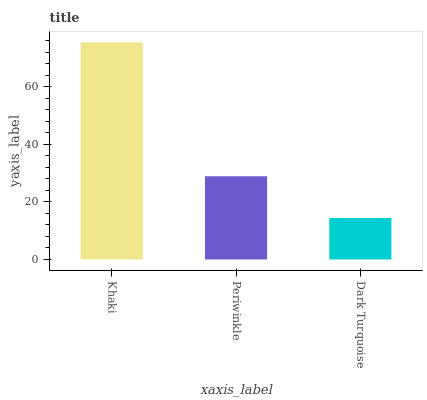
| xaxis_label | bars |
 | --- | --- |
 | Khaki | 75.4 |
 | Periwinkle | 28.9 |
 | Dark Turquoise | 14.4 |